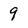
Character: 9